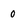
Character: 0